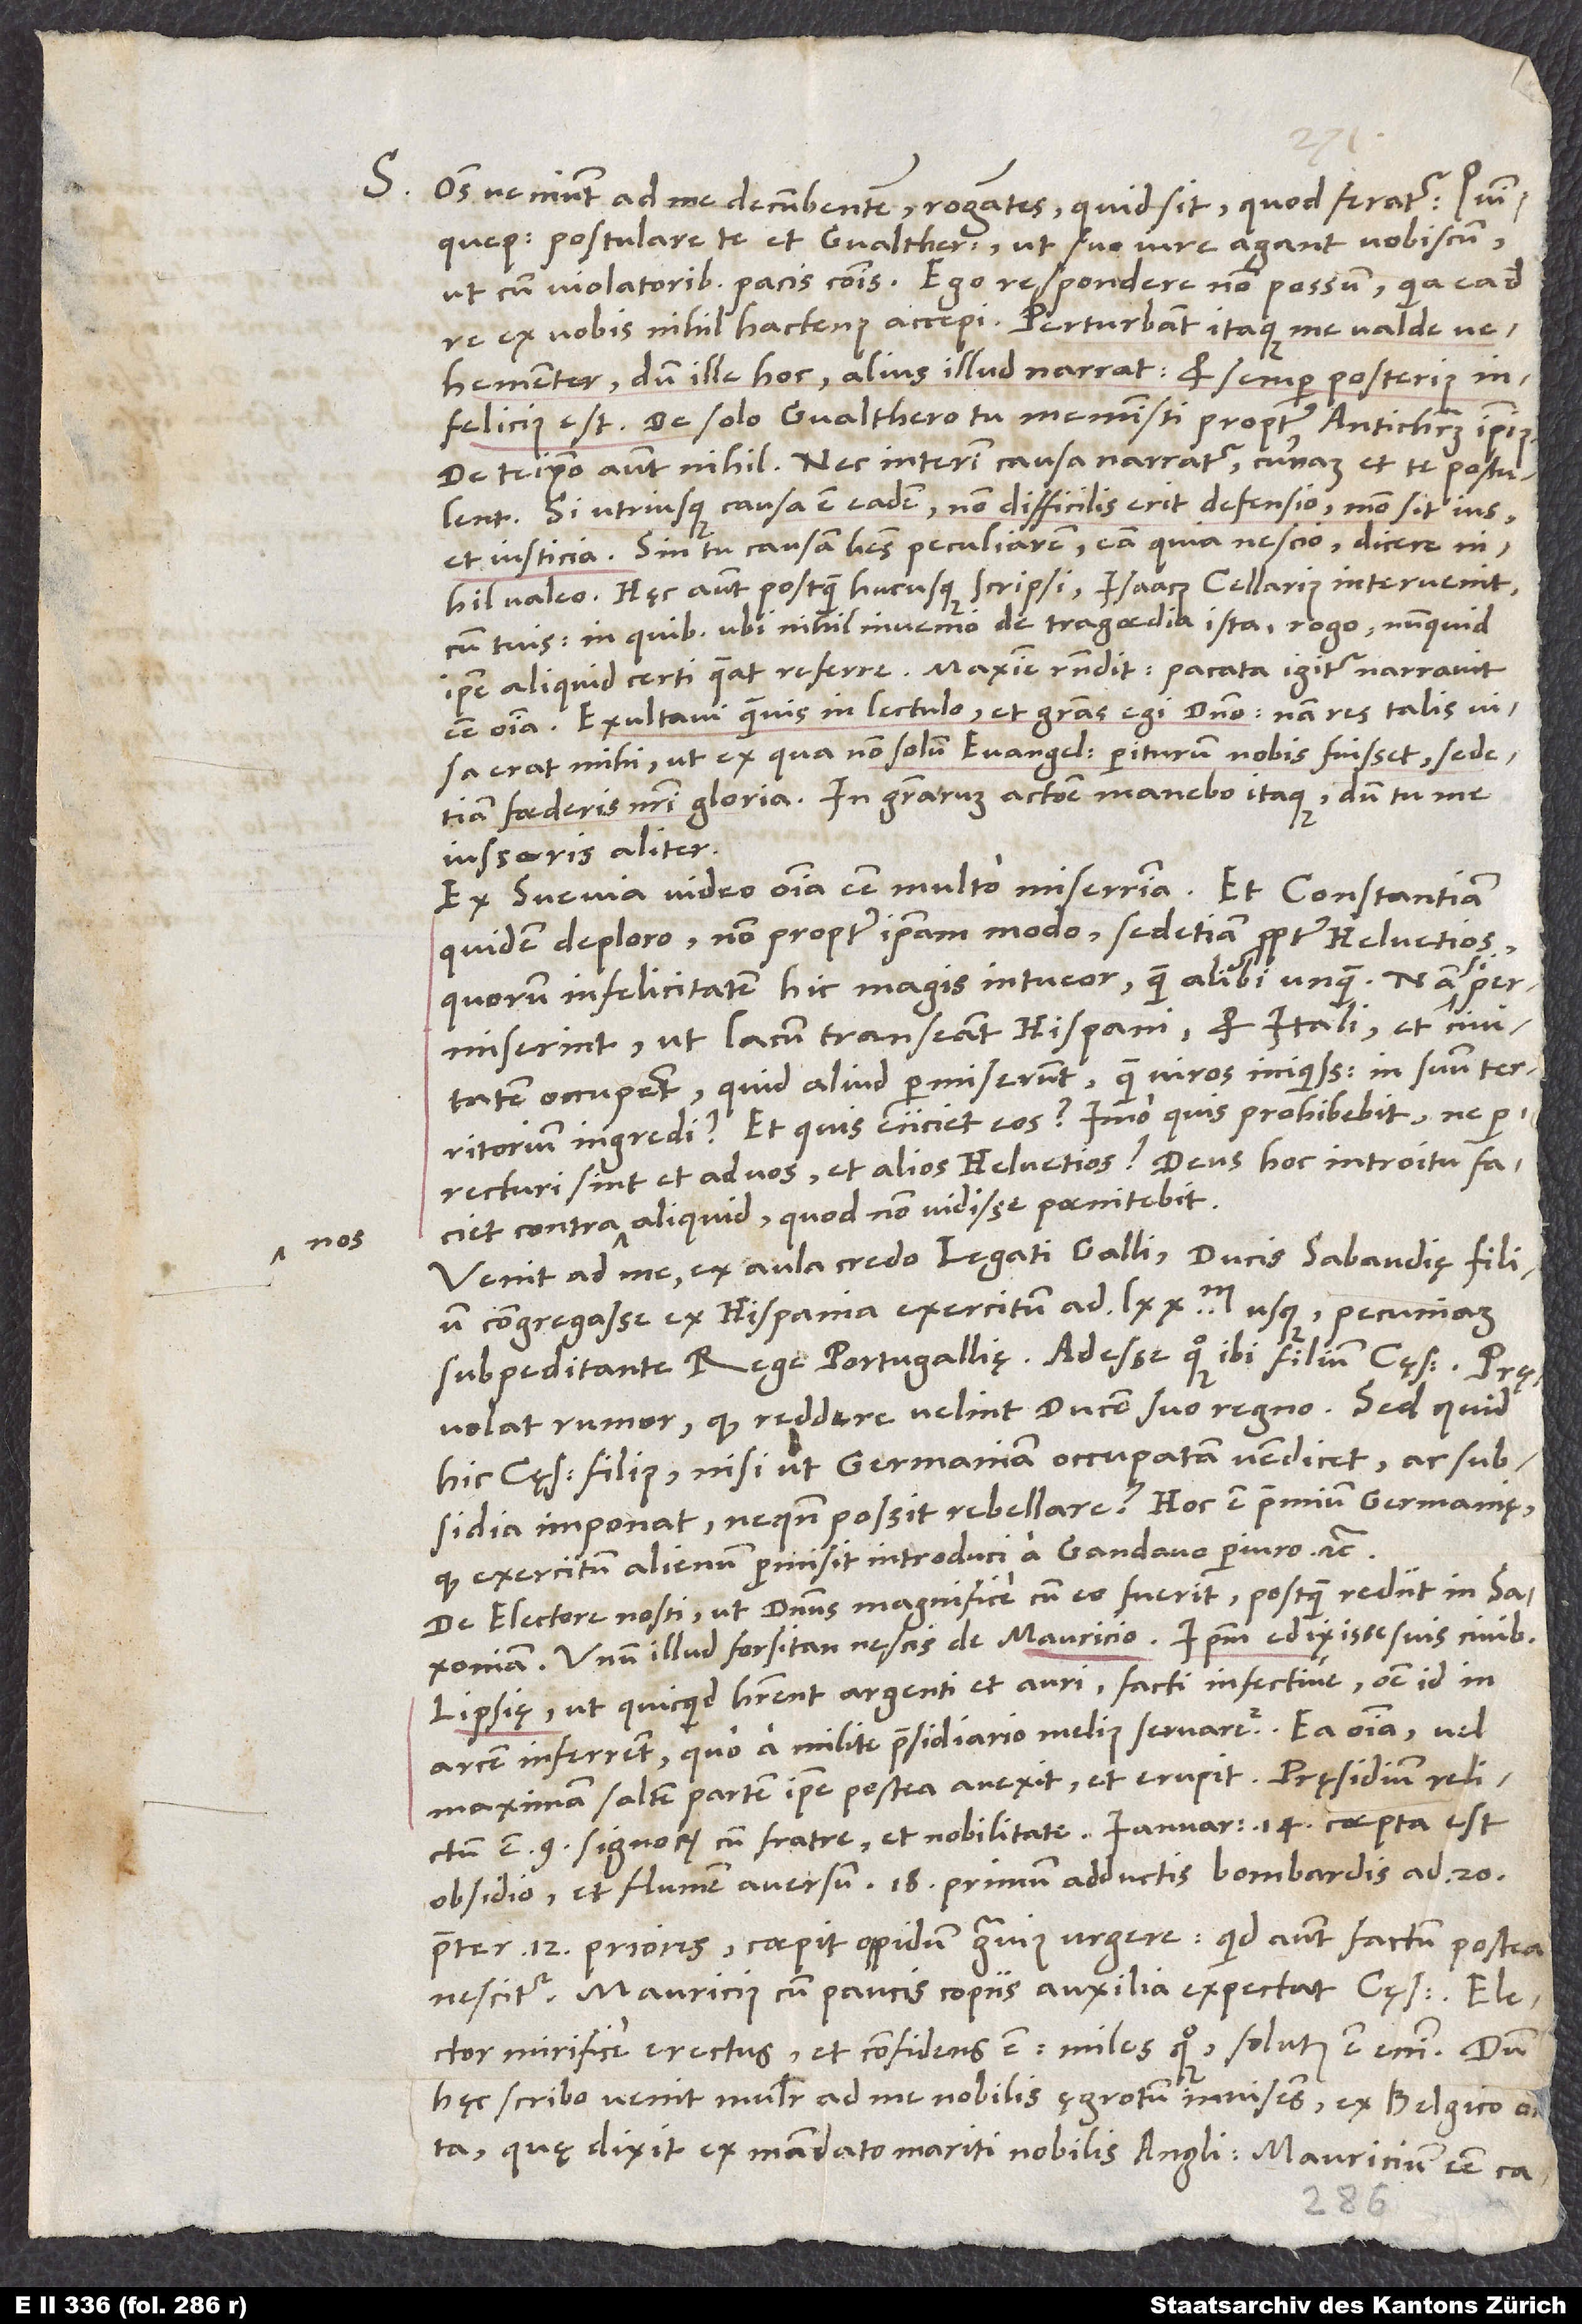
S. Omnes veniunt ad me decumbentem rogantes, quid sit, quod feratur Quinquepagicos
postulare te et Gvaltherum, ut suo iure agant vobiscum
ut cum violatoribus pacis communis. Ego respondere non possum, quia ea de
re ex vobis nihil hactenus accepi. Perturbant itaque me valde
vehementer, dum ille hoc, alius illud narrat et semper posterius
infelicius est. De solo Gvalthero tu meministi propter Antichristum ipsius,
de te ipso autem nihil, nec interim causa narratur, curnam et te postulent.
Si utriusque causa est eadem, non difficilis erit defensio, modo sit ius
et iusticia; sin tu causam habes peculiarem, eam quia nescio, dicere
nihil valeo. Hęc autem postquam hucusque scripsi, Isaacus Cellarius intervenit
cum tuis, in quibus ubi nihil invenio de tragoedia ista, rogo, numquid
ipse aliquid certi queat referre. Maxime respondit. Pacata igitur narravit
esse omnia. Exultavi quamvis in lectulo et gratias egi domino; nam res talis visa
erat mihi, ut ex qua non solum evangelium periturum nobis fuisset, sed
foederis nostri gloria. In gratiarum actione manebo itaque, dum tu me
iusseris aliter.
Ex Suevia video omnia esse multo miserrima. Et Constantiam
quidem deploro, non propter ipsam modo, sed etiam propter Helvetios,
quorum infelicitatem hic magis intueor quam alibi unquam. Nam si
permiserint, ut lacum transeant Hispani et Itali et civitatem
occupent, quid aliud permiserunt quam viros iniquissimos in suum territorium
ingredi? Et quis eiiciet eos, imo quis prohibebit, ne
perrecturi sint et ad vos et alios Helvetios? Deus hoc introitu faciet
contra nos aliquid, quod non vidisse poenitebit.
Venit ad me, ex aula credo legati Galli, ducis Sabaudię filium
congregasse ex Hispania exercitum ad 70’000 usque pecuniam
subpeditante rege Portugallię. Adesse quoque ibi filium cęsaris. Pręvolat
rumor, quod reddere velint ducem suo regno. Sed quid
hic cęsaris filius, nisi ut Germaniam occupatam vendicet ac subsidia
imponat, ne quando possit rebellare? Hoc est praemium Germanię,
quod exercitum alienum permisit introduci a Gandavo periuro, etc.
De electore nosti, ut dominus magnifice cum eo fuerit, postquam rediit in Saxoniam.
Unum illud forsitan nescis de Mauricio: Ipsum edixisse suis civibus
Lipsię, ut, quicquid haberent argenti et auri, facti infective, omne id in
arcem inferrent, quo a milite praesidiario melius servaretur. Ea omnia vel
maximam saltem partem ipse postea avexit et erupit. Pręsidium relictum
est 9 signorum cum fratre et nobilitate. Ianuarii 14. coepta est
obsidio et flumen aversum. 18. primum adductis bombardis ad 20
praeter 12 priores coepit oppidum gravius urgere. Quid autem factum postea,
nescitur. Mauricius cum paucis copiis auxilia expectat cęsaris. Elector
mirifice erectus et confidens est; miles quoque: solutus est enim. Dum
hęc scribo, venit mulier ad me nobilis ęgrotum invisens ex Belgico orta,
quę dixit ex mandato mariti, nobilis Angli, Mauricium esse captum,